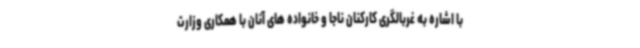
با اشاره به غربالگری کارکنان ناجا و خانواده های آنان با همکاری وزارت